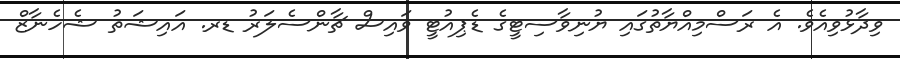
ވިދާޅުވިއެވެ. އެ ރަސްމިއްޔާތުގައި ޔުނިވާސިޓީގެ ޑެޕިއުޓީ ވައިސް ޗާންސެލަރު ޑރ. އައިޝަތު ޝެހެނާޒް